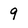
Character: 9